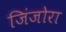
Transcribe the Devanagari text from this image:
जिंजोरा